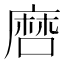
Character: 𢊠